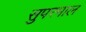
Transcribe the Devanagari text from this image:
सुपरमाल